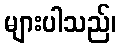
များပါသည်၊